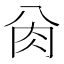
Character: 𰮀